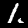
Digit: 1